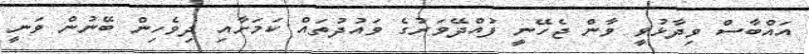
އައްބާސް ވިދާޅުވީ ވާން ޖެހޭނީ ފުއްދޭވަރުގެ ވައުދުތައް ކަމަށާއި ދިވެހިން ބޭނުން ވަނީ